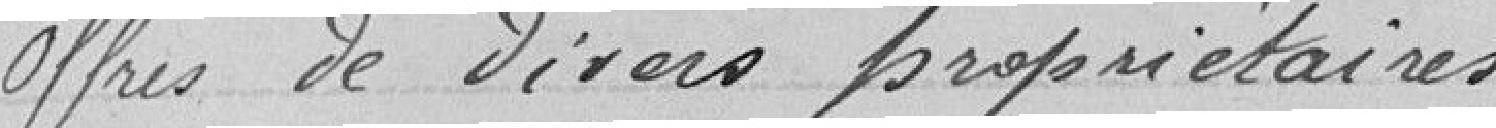
offres de divers propriétaires.